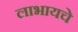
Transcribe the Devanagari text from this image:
लाभायचे